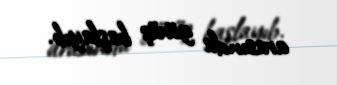
arasında görüş başlayıb.